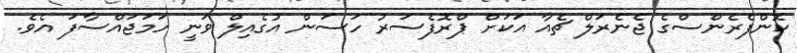
ކޮންފެރެންސްގެ ޖެނެރަލް ޗެއާ އަކަށް ޕްރޮފެސަރު ހަސަން އުގެއިލް ވަނީ ހަމަޖައްސާފަ އެވެ.